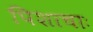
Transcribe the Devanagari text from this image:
पिशाचाः